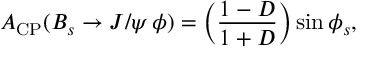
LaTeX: A _ { \mathrm { C P } } ( B _ { s } \to J / \psi \, \phi ) = \left( \frac { 1 - D } { 1 + D } \right) \sin \phi _ { s } ,